Indian journal of veterinary science and animal husbandry - Volume 13,
Year: 1943
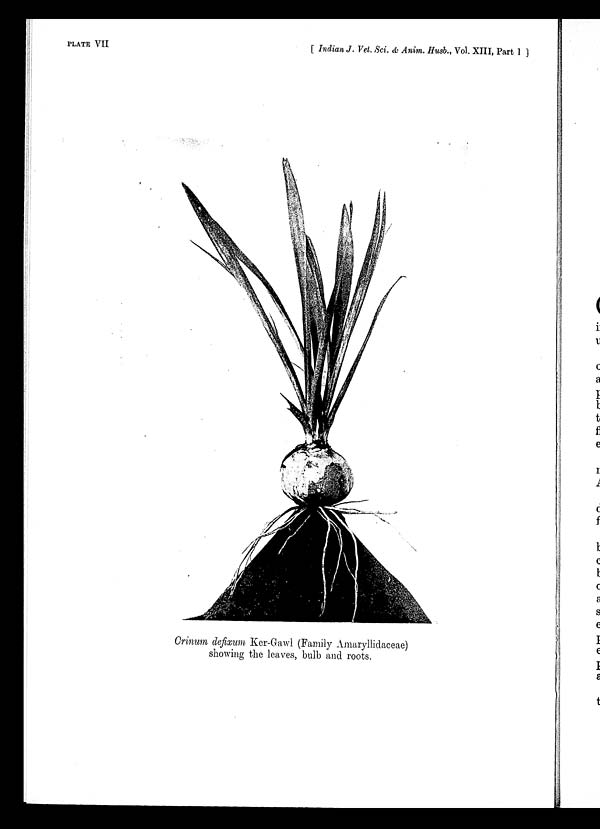
PLATE VII
[ Indian J. Vet. Sci. & Anim. Husb., Vol. XIII, Part I ]
Crinum defixum Ker-Gawl (Family Amaryllidaceae)
showing the leaves, bulb and roots.